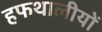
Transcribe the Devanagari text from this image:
हफथालीयों